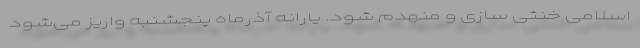
اسلامی خنثی سازی و منهدم شود. یارانه آذرماه پنجشنبه واریز می‌شود